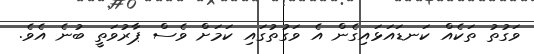
ވަގުތު ތަކެއް ކަނޑައަޅައިގެން އެ ވަގުތުގައި ކަމަށް ވެސް ޕާރުވަތީ ބުނެ އެވެ.